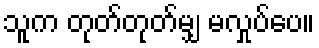
သူက တုတ်တုတ်မျှ မလှုပ်ပေ။